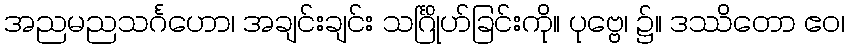
အညမညသင်္ဂဟော၊ အချင်းချင်း သင်္ဂြိုဟ်ခြင်းကို။ ပုဗ္ဗေ၊ ၌။ ဒဿိတော ဧဝ၊